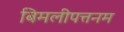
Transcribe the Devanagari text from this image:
बिमलीपत्तनम